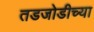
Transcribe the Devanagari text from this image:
तडजोडीच्या